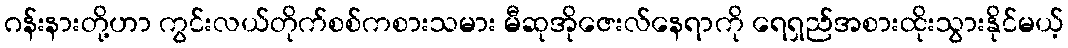
ဂန်းနားတို့ဟာ ကွင်းလယ်တိုက်စစ်ကစားသမား မီဆုအိုဇေးလ်နေရာကို ရေရှည်အစားထိုးသွားနိုင်မယ့်